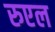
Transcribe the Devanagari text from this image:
रुएल